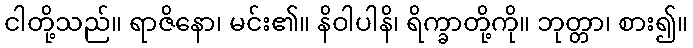
ငါတို့သည်။ ရာဇိနော၊ မင်း၏။ နိဝါပါနိ၊ ရိက္ခာတို့ကို။ ဘုတ္တာ၊ စား၍။